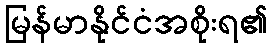
မြန်မာနိုင်ငံအစိုးရ၏